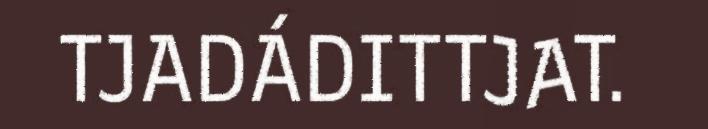
TJADÁDITTJAT.